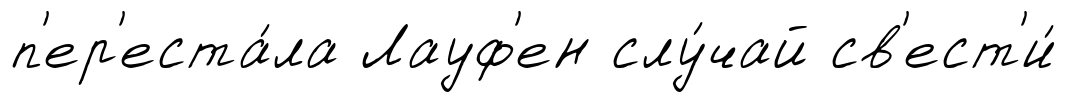
п'ер'еста́ла Лауф'ен слу́чай св'ест'и́